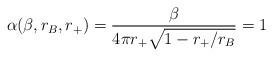
LaTeX: \begin{align*}\alpha(\beta,r_B,r_+)={\beta \over 4\pi r_+\sqrt{1 - {r_+ /r_B}}}=1\end{align*}